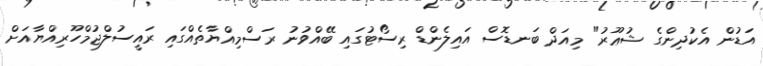
އަޑުން އެކުދިންގެ ޝުޢޫރު" މިއަދް ބަނޑޮސް އައިލެންޑް ރިސޯޓުގައި ބޭއްވުނު ރަސްމިއްޔާތެއްގައި ރައީސުލްޖުމްހޫރިއްޔާއަށް